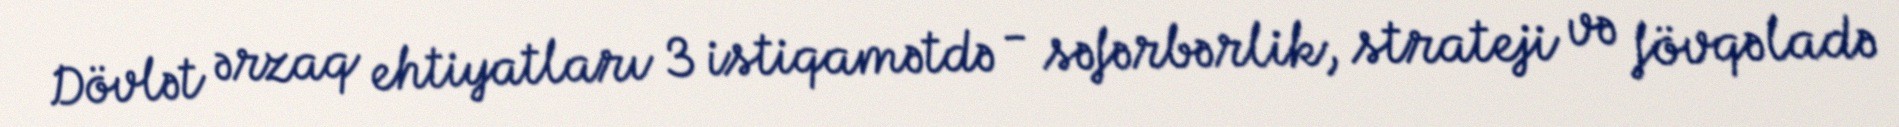
Dövlət ərzaq ehtiyatları 3 istiqamətdə - səfərbərlik, strateji və fövqəladə